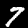
Label: 7